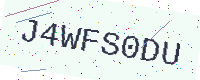
Text: J4WFS0DU